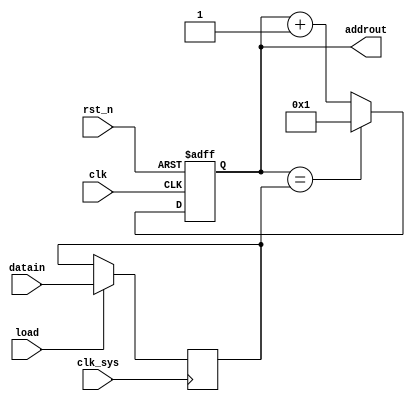
// ctrl_addr.v

module ctrl_addr(
                 rst_n,
                 clk_sys,
                 clk,
                 addrout,
                 datain,
                 load
                 );
input rst_n;
input clk_sys;
input clk;
input [3:0] datain;
input load;

output [3:0] addrout;
reg [3:0] addrout;

reg [3:0] datareg;

always @ (posedge clk_sys)
 begin
     if (load == 1'b1)
      datareg <= datain;
     else
      datareg <= datareg;
 end

always @ (negedge rst_n or negedge clk)
  begin
        if (rst_n == 1'b0)
           begin
                 addrout <= 1;
           end
        else
           begin
                 if(addrout == datareg)
                     begin
                           addrout<=1; 
                     end
                 else
                     begin
                           addrout <= addrout +1;
                     end
           end
  end

endmodule